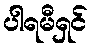
ပါရမီရှင်